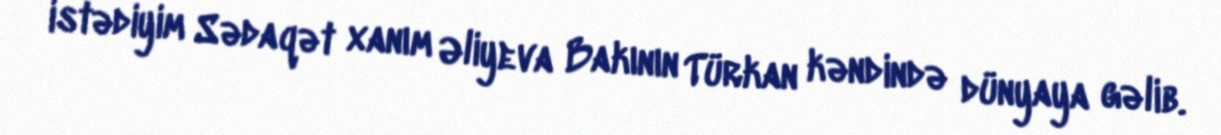
istədiyim Sədaqət xanım Əliyeva Bakının Türkan kəndində dünyaya gəlib.